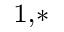
^ { 1 , * }